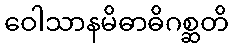
ဝေါသာနမိဓာဓိဂစ္ဆတိ